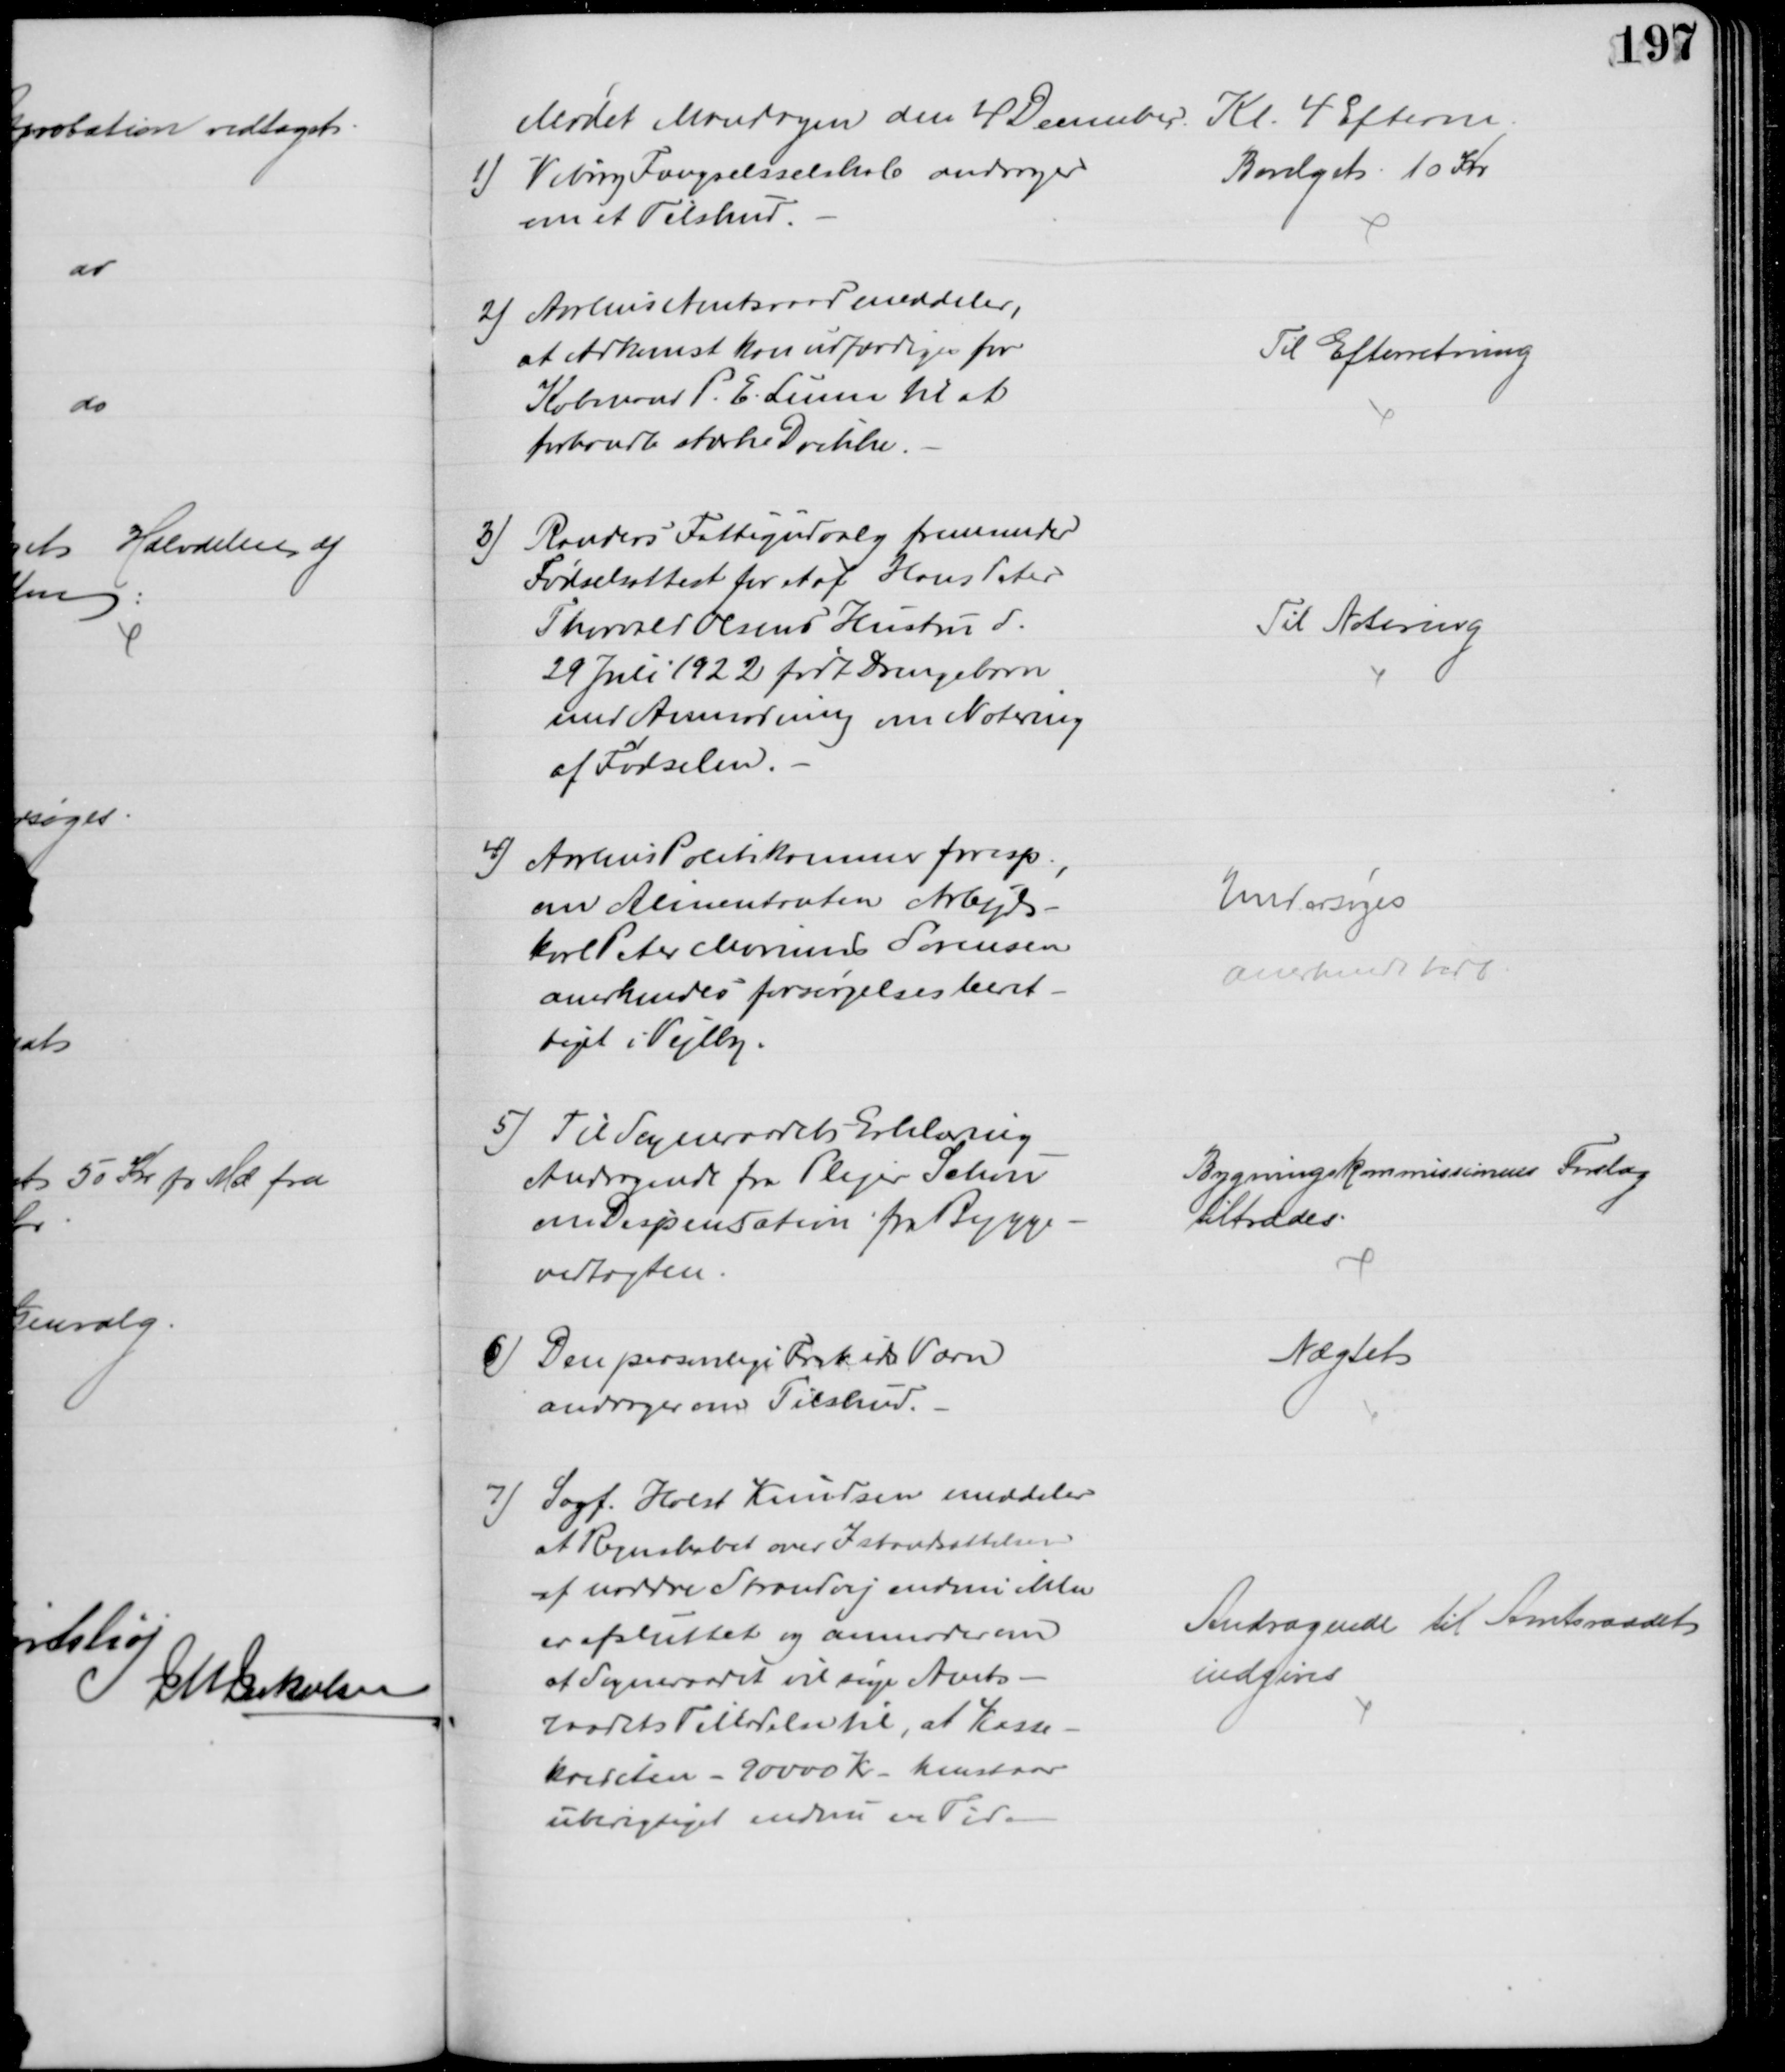
Transskription:
Mødet Mandagen den 4 December Kl. 4 Efterm.
1) Viborg Fængselsselskole andrager
om et Tilskud.
Bevilget 10 Kr
2) Aarhus Amtsraad meddeler,
at Adkomst kan udfærdiges for
Købmand P. E. Lunn til at
forhandle stærke Drikke.
Til Efterretning
3) Randers Fattigudvalg fremsender
Fødselsattest for et af Hans Peter
Thorvald Olsens Hustru d.
29 Juli 1922 født Drengebarn
med Anmodning om Notering
af Fødselen.
Til Notering
4) Aarhus Politikammer foresp.,
om Alimentanten Arbejds-
karl Peter Marinus Sørensen
anerkendes forsørgelsesberet-
tiget i Vejlby.
Undersøges
anerkendt her
5) Til Sogneraadets Erklæring
Andragende fra Plejer Schou
om Dispensation fra Bygge-
vedtægten.
Bygningskommissionens Forslag
tiltrædes.
6) Den personlige Friheds Værn
andrager om Tilskud.
Nægtet
7) Sagf. Holst Knudsen meddeler
at Regnskabet over Istandsættelsen
af nordre Strandvej endnu ikke
er afsluttet og anmoder om
at Sogneraadet vil søge Amts-
raadets Tilladelse til, at Kasse
krediten - 90000 Kr henstaar
uberigtiget endnu en Tid.
Andragende til Amtsraadet
indgives